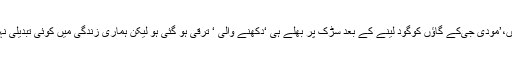
وہ کہتے ہیں،’مودی جی‌کے گاؤں کوگود لینے کے بعد سڑک پر بھلے ہی ‘دکھنے والی ‘ ترقی ہو گئی ہو لیکن ہماری زندگی میں کوئی تبدیلی نہیں آئی ہے۔